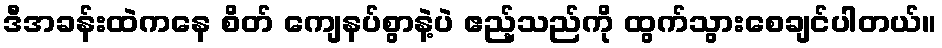
ဒီအခန်းထဲကနေ စိတ် ကျေနပ်စွာနဲ့ပဲ ဧည့်သည်ကို ထွက်သွားစေချင်ပါတယ်။